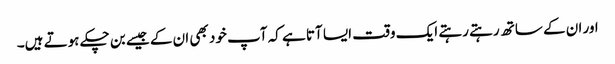
اور ان کے ساتھ رہتے رہتے ایک وقت ایسا آتا ہے کہ آپ خود بھی ان کے جیسے بن چکے ہوتے ہیں۔